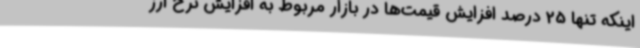
اینکه تنها 25 درصد افزایش قیمت‌ها در بازار مربوط به افزایش نرخ ارز